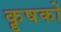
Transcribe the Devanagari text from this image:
कॄषकों